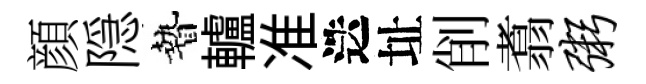
顔隠贄轤准迭址削翥粥